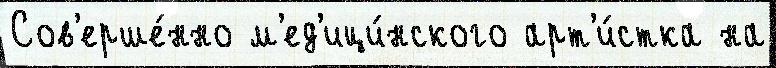
Сов'ерше́нно м'ед'ици́нского арт'и́стка на